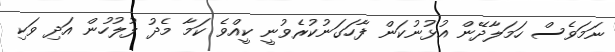
ނަމަވެސް ހަމަލާދޭން އުޅުނުކަން ފާހަގަނުކުރެވުނީ ކީއްވެ ކަމާ މެދު ފުލުހުން އަދި ވަކި